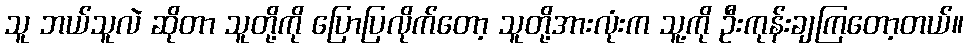
သူ ဘယ်သူလဲ ဆိုတာ သူတို့ကို ပြောပြလိုက်တော့ သူတို့အားလုံးက သူ့ကို ဦးကုန်းချကြတော့တယ်။